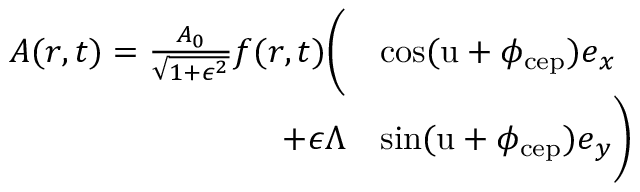
\begin{array} { r l } { \boldsymbol { A } ( \boldsymbol { r } , t ) = \frac { A _ { 0 } } { \sqrt { 1 + \epsilon ^ { 2 } } } f ( \boldsymbol { r } , t ) \biggl ( } & { \cos ( \mathrm { u } + \phi _ { \mathrm { c e p } } ) \boldsymbol { e } _ { x } } \\ { + \epsilon \Lambda } & { \sin ( \mathrm { u } + \phi _ { \mathrm { c e p } } ) \boldsymbol { e } _ { y } \biggr ) } \end{array}